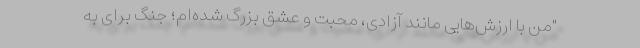
"من با ارزش‌هایی مانند آزادی، محبت و عشق بزرگ شده‌ام؛ جنگ برای به